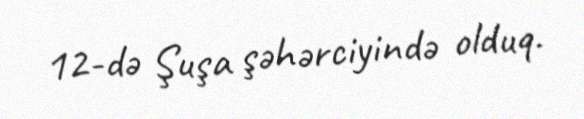
12-də Şuşa şəhərciyində olduq.